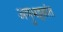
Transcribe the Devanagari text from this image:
अणुभट्टय़ांत